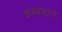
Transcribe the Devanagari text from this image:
इस्मेमाल